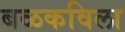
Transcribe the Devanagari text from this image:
बळकविला